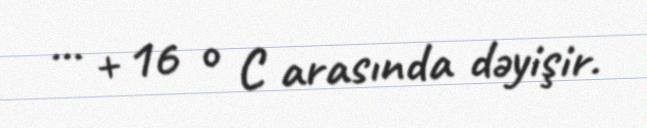
... + 16 ° C arasında dəyişir.